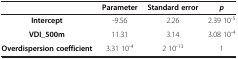
|  | Parameter | Standard error | p |
 | --- | --- | --- | --- |
 | Intercept | -9.56 | 2.26 | 2.39 10-5 |
 | VDI_500m | 11.31 | 3.14 | 3.08 10-4 |
 | Overdispersion coefficient | 3.31 10-4 | 2 10-13 | 1 |